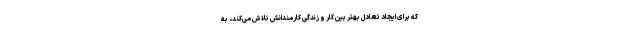
که برای ایجاد تعادل بهتر بین کار و زندگی کارمندانش تلاش می‌کند، به